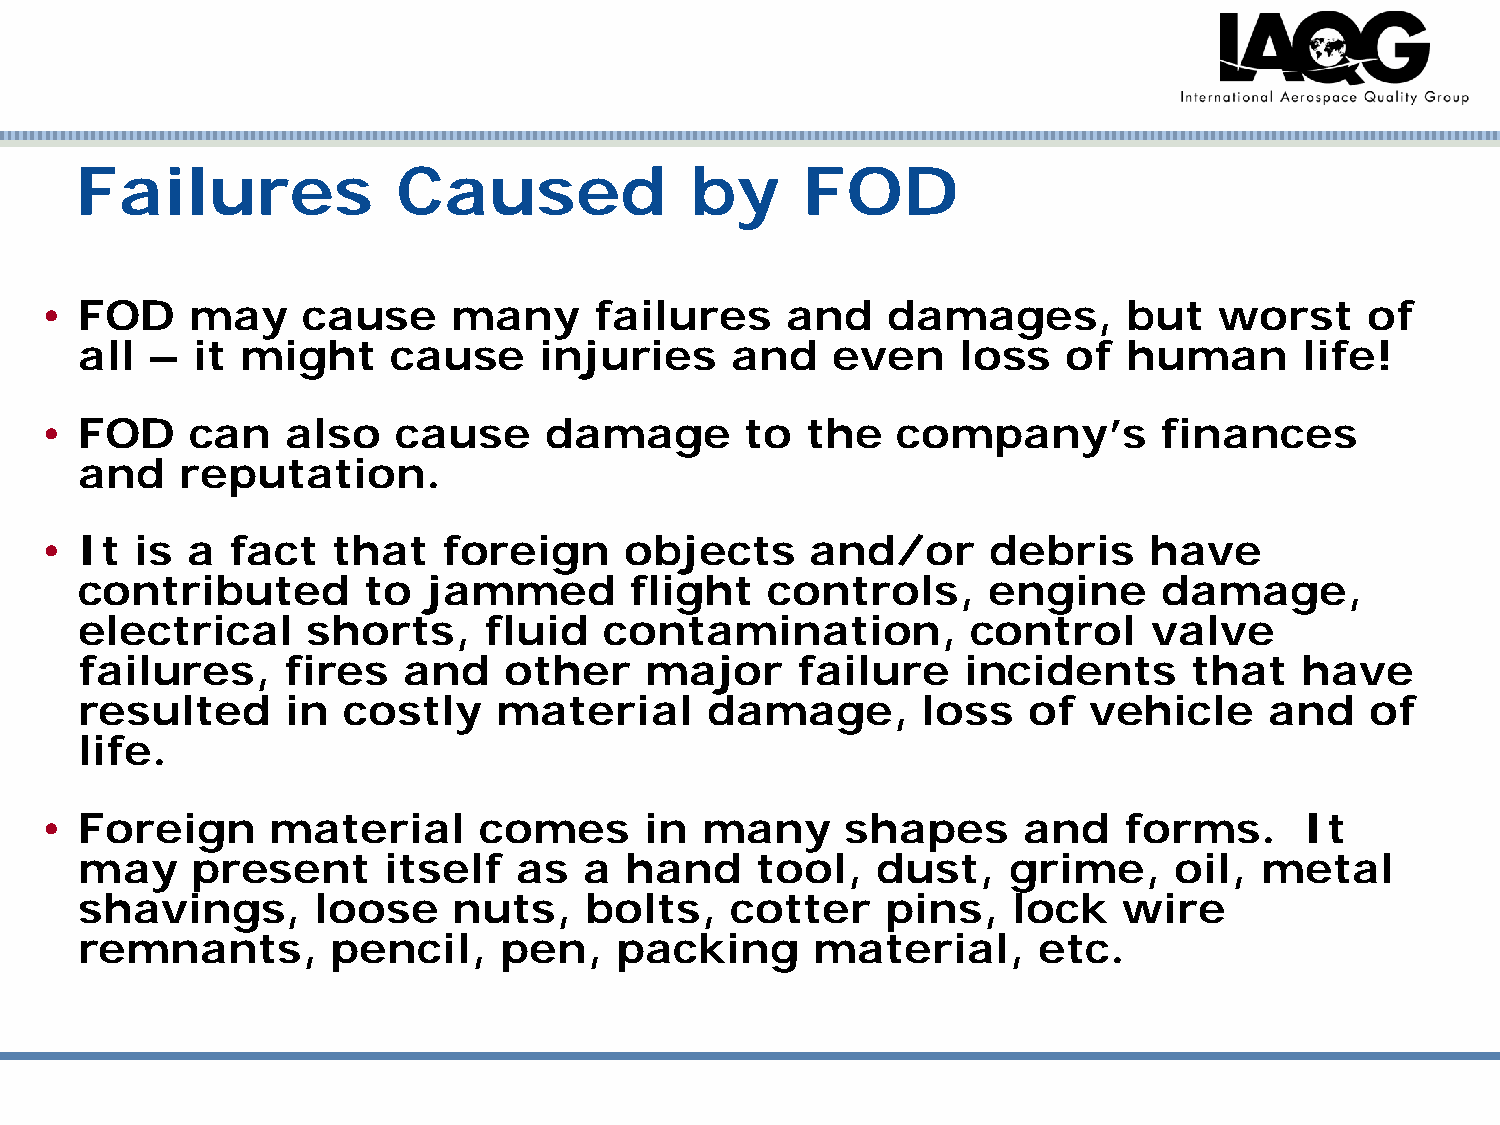
Failures             Caused              by     FOD
 • FOD     may    cause     many     failures     and    damages,        but   worst     of
 all  –  it might     cause     injuries    and    even     loss   of  human      life!
 • FOD     can   also   cause     damage       to  the   company’s         finances
 and    reputation.
 • It  is a  fact   that   foreign     objects      and/or     debris     have
 contributed        to  jammed        flight   controls,     engine      damage,
 electrical     shorts,     fluid   contamination,          control     valve
 failures,     fires   and   other     major     failure    incidents      that   have
 resulted      in  costly    material      damage,       loss   of  vehicle     and    of
 life.
 • Foreign      material      comes      in many      shapes      and   forms.      It
 may     present     itself   as   a hand     tool,   dust,    grime,     oil, metal
 shavings,       loose    nuts,    bolts,   cotter     pins,   lock   wire
 remnants,        pencil,    pen,    packing      material,      etc.